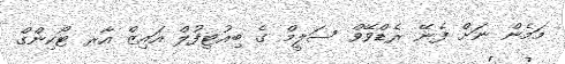
މަމެން ނަށް ފެނޭ ރެޑްވޭވް ސަލީމް ގެ ބިއުޓިފުލް އައިޒް އާރ ޓޯކިންގް